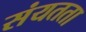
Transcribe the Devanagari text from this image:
संयतता